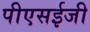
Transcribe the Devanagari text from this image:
पीएसईजी